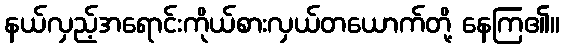
နယ်လှည့်အရောင်းကိုယ်စားလှယ်တယောက်တို့ နေကြ၏။